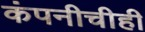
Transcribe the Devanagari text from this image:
कंपनीचीही